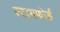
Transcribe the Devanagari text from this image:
स्टामफोर्ड